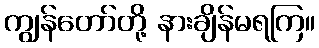
ကျွန်တော်တို့ နားချိန်မရကြ။